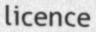
licence